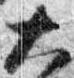
大